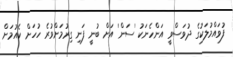
ފުވައްމުލަކުގެ ދުވަސްވީ އަންހެނަކު 'ސަން' އަށް ބުނީ ފަނި ގިރުމަށްވުރެ ހުހަށް ކެއުމަށް